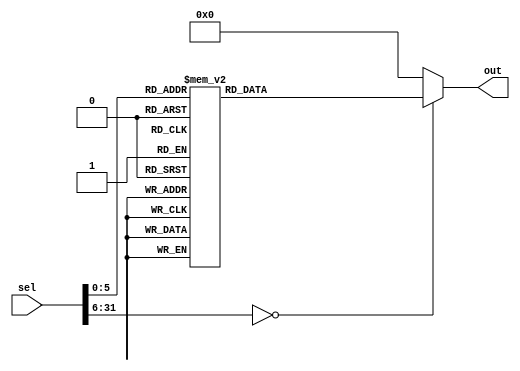
//   -   ,     
//  out       sel
//   sel   ,    
//   - 32 ,       MIPS
//   -   ,        
`timescale 1ns/1ns
module instruction_memory
  ( input [31:0] sel,
    output reg [31:0] out
  );
  
  parameter OP_R = 6'b000000;
  parameter OP_ADDI = 6'b001000;
  parameter OP_BEQ = 6'b000100;
  parameter OP_BNE = 6'b000101;
  parameter OP_LW = 6'b100011;
  parameter OP_SW = 6'b101011;
  parameter OP_ADDIU = 6'b001001;
  parameter OP_ANDI = 6'b100101;
  parameter OP_ANDIU = 6'b100100;
  parameter OP_ORI = 6'b100111;
  parameter OP_ORIU = 6'b100110;
  parameter OP_SLTI = 6'b100011;
  parameter OP_SLTIU = 6'b100010;
  parameter OP_J = 6'b000001;
  
  parameter OPR_ADD = 6'b100000;
  parameter OPR_SUB = 6'b100010;
  parameter OPR_AND = 6'b100100;
  parameter OPR_OR = 6'b100101;
  parameter OPR_SLTU = 6'b101011;
  parameter OPR_SLT = 6'b101010;

  parameter OPR_ADDU = 6'b100001;
  parameter OPR_SUBU = 6'b100011;
  
  parameter R00 = 5'd0;
  parameter R01 = 5'd1;
  parameter R02 = 5'd2;
  parameter R03 = 5'd3;
  parameter R04 = 5'd4;
  parameter R05 = 5'd5;
  parameter R06 = 5'd6;
  parameter R07 = 5'd7;
  parameter R08 = 5'd8;
  parameter R09 = 5'd9;
  parameter R10 = 5'd10;
  parameter R11 = 5'd11;
  parameter R12 = 5'd12;
  parameter R13 = 5'd13;
  parameter R14 = 5'd14;
  parameter R15 = 5'd15;
  parameter R16 = 5'd16;
  parameter R17 = 5'd17;
  parameter R18 = 5'd18;
  parameter R19 = 5'd19;
  parameter R20 = 5'd20;
  parameter R21 = 5'd21;
  parameter R22 = 5'd22;
  parameter R23 = 5'd23;
  parameter R24 = 5'd24;
  parameter R25 = 5'd25;
  parameter R26 = 5'd26;
  parameter R27 = 5'd27;
  parameter R28 = 5'd28;
  parameter R29 = 5'd29;
  parameter R30 = 5'd30;
  parameter R31 = 5'd31;
  
  parameter ZERO_SHAMT = 5'b00000;
  
  always @(sel)
  case(sel)
    32'd0 : out = {OP_ADDI, R00, R00, 16'd3}; // $0 = $0 + 3 -> $0 == 3
    32'd4 : out = {OP_ADDIU, R01, R01, 16'd4}; // $1 = $1 + 4 -> $1 == 4
    32'd8 : out = {OP_SW, R00, R01, 16'd0}; // MEM[$0 + 0] = $1 -> MEM[3] == 4      
                                            //writemiss: write to memory around cache (4 cycles)
    //32'd12 : out = {OP_SW, R00, R00, 16'b1<<12};    // MEM[$0 + 2**12] = $0 -> MEM[2**12 + 3] == 3
    32'd12 : out = {OP_LW, R00, R06, 16'b1<<12};    // $6 = MEM[$0 + 2**12] -> $6 == x != 0     
                                            //readmiss: read from addr 4099 | [..1]_00000000011 | [] -- tag (4 cycles)
    32'd16 : out = {OP_LW, R00, R05, 16'd0};         // $5 = MEM[$0 + 0]                        
                                            //readmiss: read from addr 3    | [..0]_00000000011 | [] -- tag (4 cycles)
    32'd20 : out = {OP_R, R00, R01, R02, ZERO_SHAMT, OPR_ADDU}; // $2 = $1 + $0 -> $2 == 7
    32'd24 : out = {OP_SW, R00, R00, 16'd0}; // MEM[$0 + 0] = $1 -> MEM[3] == 3                 
                                            //writehit: write through cache to memory 3 (still 4 cycles, cause writing to memory too)
    32'd28 : out = {OP_R, R00, R01, R03, ZERO_SHAMT, OPR_ADDU}; // $3 = $1 + $0 -> $3 == 7      
    32'd32 : out = {OP_LW, R00, R03, 16'd0}; // $3 = MEM[$0 + 0] -> $3 == 3                     
                                            //readhit: read from addr 3 (2 cycles)
    32'd36 : out = {OP_BEQ, R02, R03, -16'd3}; // if($2 == $3) jump to (24 + 4 + 4 * (-3)) = 16
    32'd40 : out = {OP_ADDI, R04, R04, 16'd0}; // $4 = $4 + 0 -> $4 == 0
    32'd44 : out = {OP_ADDI, R00, R00, -16'd1}; // $0 = $0 + (-1) -> $0--
    32'd48 : out = {OP_BNE, R00, R04, -16'd2}; // if($0 != $4) jump to (36 + 4 + 4 * (-2)) = 32
    32'd52 : out = {OP_J, 26'd0}; // jump to 4 * 0 = 0
    default: out = 0;
  endcase
endmodule